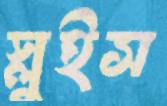
স্লুইস